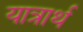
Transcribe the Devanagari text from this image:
यात्रार्थ